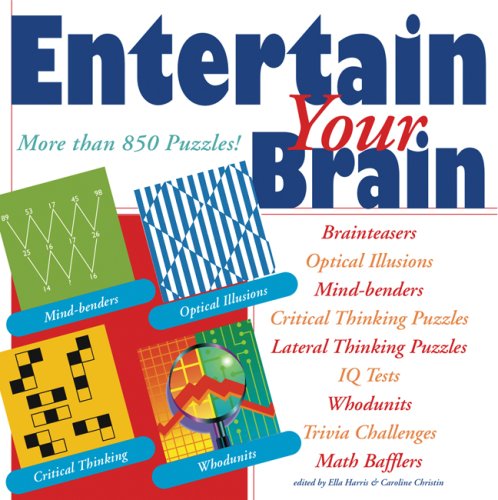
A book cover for Entertain Your Brain: More than 850 Puzzles!; Terry Stickels; Humor & Entertainment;